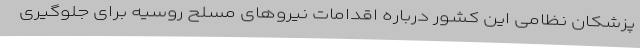
پزشکان نظامی این کشور درباره اقدامات نیروهای مسلح روسیه برای جلوگیری